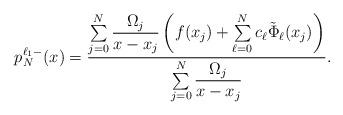
LaTeX: \begin{align*}p_{N}^{\ell_1-}(x)=\dfrac{\sum\limits_{j=0}^N\dfrac{\Omega_j}{x-x_j}\left(f(x_j)+\sum\limits_{\ell=0}^Nc_{\ell}\tilde{\Phi}_{\ell}(x_j)\right)}{\sum\limits_{j=0}^N\dfrac{\Omega_j}{x-x_j}}.\end{align*}